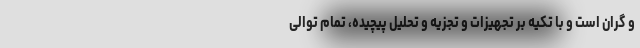
و گران است و با تکیه بر تجهیزات و تجزیه و تحلیل پیچیده، تمام توالی